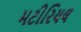
મટીરિયલ